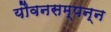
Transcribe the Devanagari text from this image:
यौवनसम्पन्न